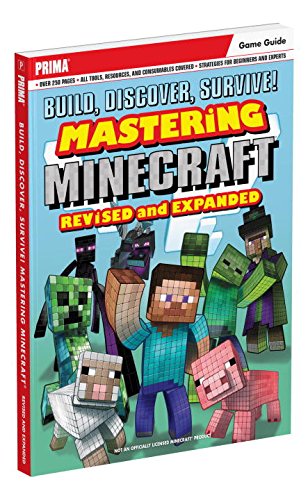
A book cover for Build, Discover, Survive! Mastering Minecraft, Revised and Expanded; Michael Lummis; Humor & Entertainment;